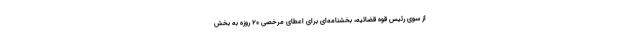
از سوی رئیس قوه قضائیه، بخشنامه‌ای برای اعطای مرخصی ۲۰ روزه به بخش